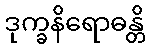
ဒုက္ခနိရောဓန္တိ